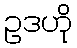
ဥဒဟို